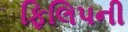
ફિલિપની